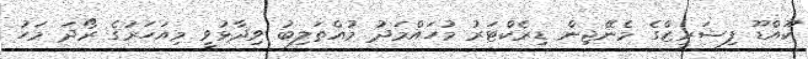
ކޫއްޑޫ ފިޝަރީޒްގެ މެނޭޖިން ޑިރެކްޓަރު މުހައްމަދު މުއްތަލިބު ވިދާޅުވީ މިއަހަރުގެ ރޯދަ މަހު